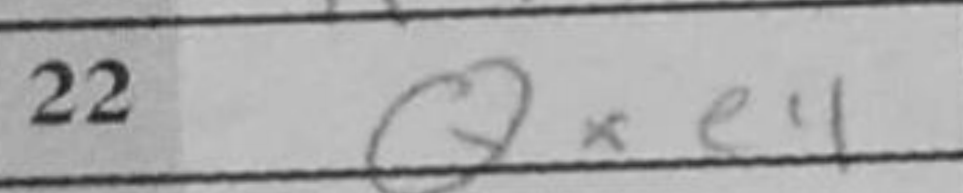
Transcription: Qxe4